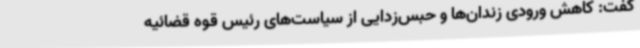
گفت: کاهش ورودی زندان‌ها و حبس‌زدایی از سیاست‌های رئیس قوه قضائیه